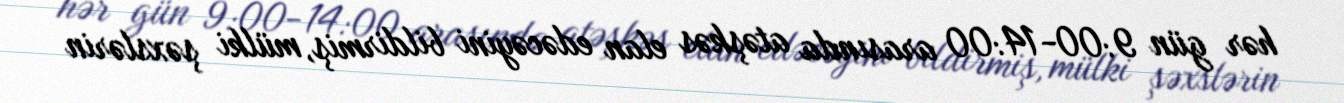
hər gün 9:00-14:00 arasında atəşkəs elan edəcəyini bildirmiş, mülki şəxslərin